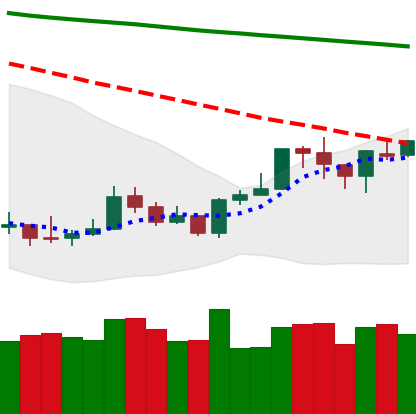
Ticker: ETH-USD
Chart end date: 2020-01-12
Forward return: 17.074%
Label: up_7plus